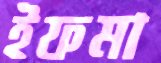
ইফমা